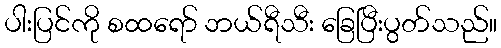
ပါးပြင်ကို စထရော် ဘယ်ရီသီး ခြေပြီးပွတ်သည်။